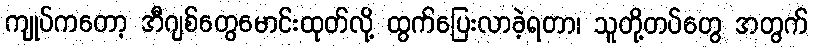
ကျုပ်ကတော့ အီဂျစ်တွေမောင်းထုတ်လို့ ထွက်ပြေးလာခဲ့ရတာ၊ သူတို့တပ်တွေ အတွက်